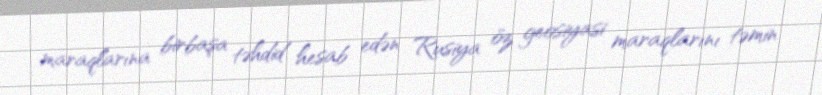
maraqlarına birbaşa təhdid hesab edən Rusiya öz geosiyasi maraqlarını təmin